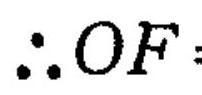
\(\therefore OF\)